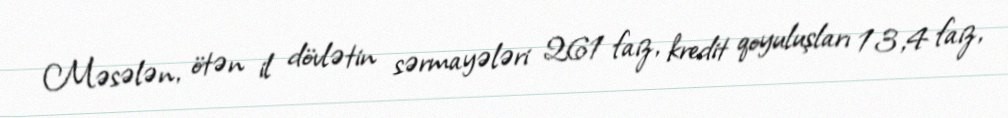
Məsələn, ötən il dövlətin sərmayələri 261 faiz, kredit qoyuluşları 13,4 faiz,